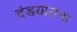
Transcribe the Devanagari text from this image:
दंडयातना